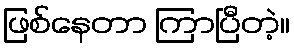
ဖြစ်နေတာ ကြာပြီတဲ့။